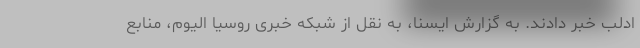
ادلب خبر دادند. به گزارش ایسنا، به نقل از شبکه خبری روسیا الیوم، منابع